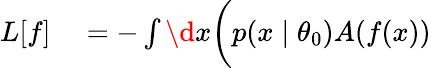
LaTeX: \begin{array}{rl}{L[f]}&{{}=-\int\d{x}\bigg(p(x\mid\theta_{0})A(f(x))}\end{array}